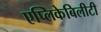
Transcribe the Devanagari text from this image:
एप्लिकेबिलीटी